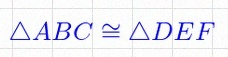
\triangle ABC\cong\triangle DEF